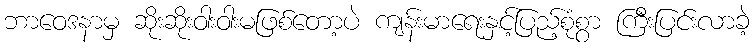
ဘာဝေဒနာမှ ဆိုးဆိုးဝါးဝါးမဖြစ်တော့ပဲ ကျန်းမာရေးနှင့်ပြည့်စုံစွာ ကြီးပြင်းလာခဲ့